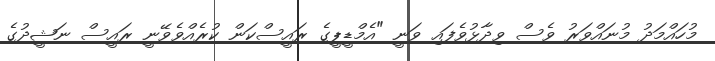
މުހައްމަދު މުނައްވަރު ވެސް ވިދާޅުވެފައި ވަނީ "އެމްޑީޕީގެ ރައީސްކަން ކުރެއްވެވޭނީ ރައީސް ނަޝީދުގެ